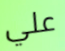
علي